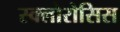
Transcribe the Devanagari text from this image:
स्क्लोरोसिस